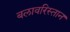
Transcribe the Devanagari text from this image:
बलावरिस्तान